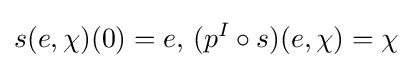
s(e,\chi )(0)=e,\,(p^{I}\circ s)(e,\chi )=\chi